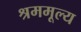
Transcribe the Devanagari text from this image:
श्रममूल्य